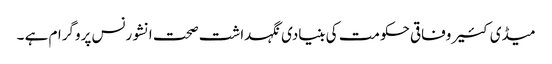
میڈی کئیر وفاقی حکومت کی بنیادی نگہداشت صحت انشورنس پروگرام ہے ۔